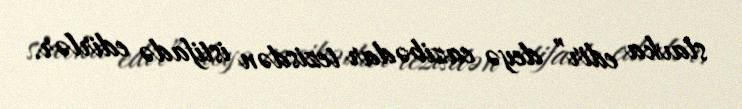
stavka edir” deyə cazibədar tezisdən istifadə edirlər.